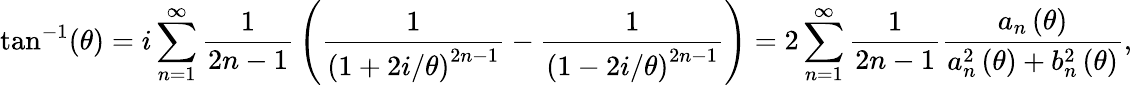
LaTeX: \tan^{-1}(\theta)=i\sum_{n=1}^{\infty}{\frac{1}{2n-1}}\left({\frac{1}{\left(1+2i/\theta\right)^{2n-1}}}-{\frac{1}{\left(1-2i/\theta\right)^{2n-1}}}\right)=2\sum_{n=1}^{\infty}{{\frac{1}{2n-1}}{\frac{a_{n}\left(\theta\right)}{a_{n}^{2}\left(\theta\right)+b_{n}^{2}\left(\theta\right)}}},